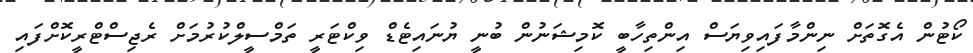
ކޯޓުން އެގޮތަށް ނިންމާފައިވިޔަސް އިންތިހާބީ ކޮމިޝަނުން ބުނީ ޔުނައިޓެޑް ވިކްޓަރީ ތަމްސީލްކުރުމަށް ރެޖިސްޓްރީކޮށްފައި